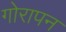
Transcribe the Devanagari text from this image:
गोरापन